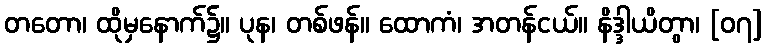
တတော၊ ထိုမှနောက်၌။ ပုန၊ တစ်ဖန်။ ထောကံ၊ အတန်ငယ်။ နိဒ္ဒါယိတွာ၊ [၀၇]